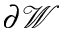
{ \partial \mathcal W }